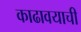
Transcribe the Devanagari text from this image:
काढावयाची